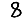
Digit: 8